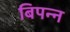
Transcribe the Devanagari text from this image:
बिपन्न